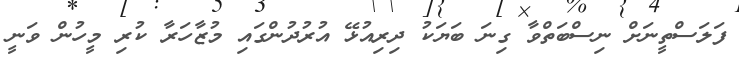
ފަލަސްތީނަށް ނިސްބަތްވާ ގިނަ ބަޔަކު ދިރިއުޅޭ އުރުދުންގައި މުޒާހަރާ ކުރި މީހުން ވަނީ